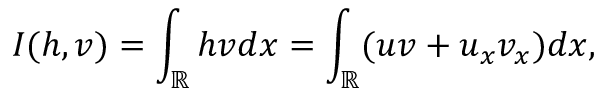
I ( h , v ) = \int _ { \mathbb R } h v d x = \int _ { \mathbb R } ( u v + u _ { x } v _ { x } ) d x ,